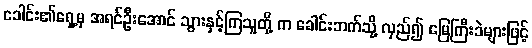
ခေါင်း၏ရှေ့မှ အရင်ဦးအောင် သွားနှင့်ကြသူတို့ က ခေါင်းဘက်သို့ လှည်၍ မြေကြီးခဲများဖြင့်